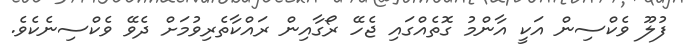
ފުލޫ ވެކްސިން އަކީ އާންމު ގޮތެއްގައި ޖެހޭ ރޯގާއިން ރައްކާތެރިވުމަށް ދެވޭ ވެކްސިނެކެވެ.